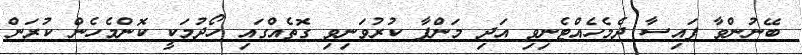
ބޭނުންވާ ފައިސާ ދެމެހެއްޓެނިވި އަދި މަންފާ ކުރުވަނިވި ގޮތެއްގައި ހޯދުމަކީ ކޮންމެހެން ކުރަން